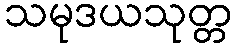
သမုဒယသုတ္တ